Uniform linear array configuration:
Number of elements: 4
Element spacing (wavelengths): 0.5
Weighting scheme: cosine
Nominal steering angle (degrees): -60
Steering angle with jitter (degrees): -58.052
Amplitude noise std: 0.05
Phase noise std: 0.05

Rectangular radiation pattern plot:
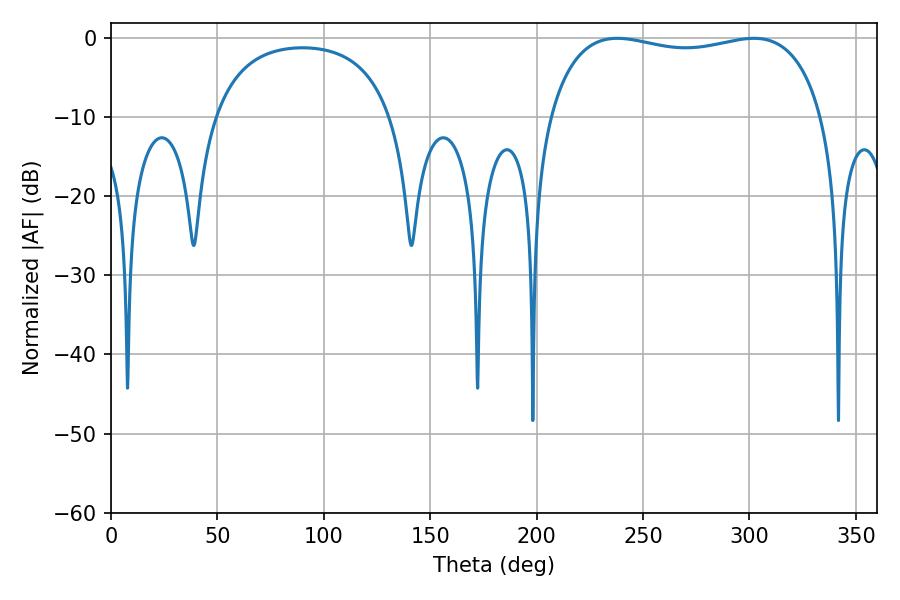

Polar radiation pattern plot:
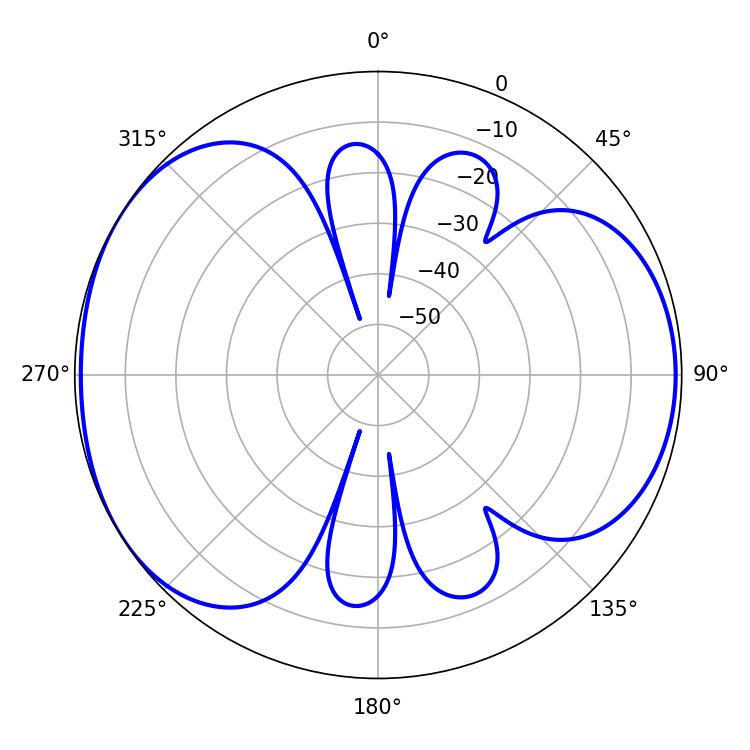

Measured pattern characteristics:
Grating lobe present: FALSE
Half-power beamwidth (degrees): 104.76
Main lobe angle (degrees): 237.96